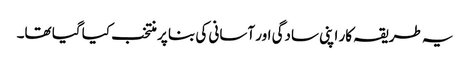
یہ طریقہ کار اپنی سادگی اور آسانی کی بنا پر منتخب کیا گیا تھا۔